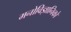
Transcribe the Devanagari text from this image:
मनोविज्ञानिको